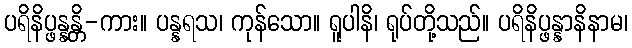
ပရိနိပ္ဖန္နန္တိ-ကား။ ပန္နရသ၊ ကုန်သော။ ရူပါနိ၊ ရုပ်တို့သည်။ ပရိနိပ္ဖန္နာနိနာမ၊